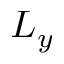
L _ { y }